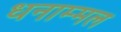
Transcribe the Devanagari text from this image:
धनाम्मल